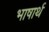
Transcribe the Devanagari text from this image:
भाषार्थ